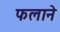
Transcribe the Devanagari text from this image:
फलाने